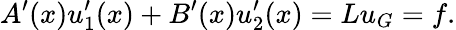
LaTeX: A^{\prime}(x)u_{1}^{\prime}(x)+B^{\prime}(x)u_{2}^{\prime}(x)=Lu_{G}=f.